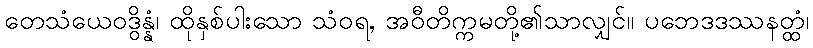
တေသံယေဝဒွိန္နံ၊ ထိုနှစ်ပါးသော သံဝရ, အဝီတိက္ကမတို့၏သာလျှင်။ ပဘေဒဒဿနတ္ထံ၊